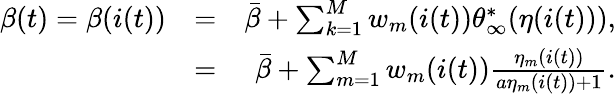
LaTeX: \begin{array}{rlr}{\beta(t)=\beta(i(t))}&{=}&{\bar{\beta}+\sum_{k=1}^{M}w_{m}(i(t)){\theta}_{\infty}^{*}(\eta(i(t))),}\\ &{=}&{\bar{\beta}+\sum_{m=1}^{M}w_{m}(i(t))\frac{\eta_{m}(i(t))}{a\eta_{m}(i(t))+1}.}\end{array}